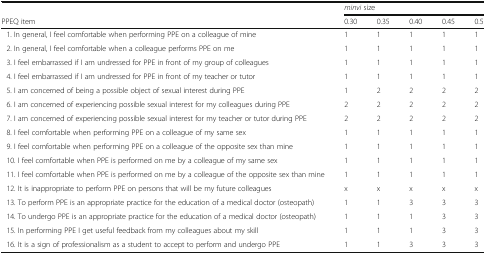
<table><thead><tr><td></td><td colspan="5"><b><i>minvi</i> size</b></td></tr><tr><td><b>PPEQ item</b></td><td><b>0.30</b></td><td><b>0.35</b></td><td><b>0.40</b></td><td><b>0.45</b></td><td><b>0.5</b></td></tr></thead><tbody><tr><td> 1. In general, I feel comfortable when performing PPE on a colleague of mine</td><td>1</td><td>1</td><td>1</td><td>1</td><td>1</td></tr><tr><td> 2. In general, I feel comfortable when a colleague performs PPE on me</td><td>1</td><td>1</td><td>1</td><td>1</td><td>1</td></tr><tr><td> 3. I feel embarrassed if I am undressed for PPE in front of my group of colleagues</td><td>1</td><td>1</td><td>1</td><td>1</td><td>1</td></tr><tr><td> 4. I feel embarrassed if I am undressed for PPE in front of my teacher or tutor</td><td>1</td><td>1</td><td>1</td><td>1</td><td>1</td></tr><tr><td> 5. I am concerned of being a possible object of sexual interest during PPE</td><td>1</td><td>2</td><td>2</td><td>2</td><td>2</td></tr><tr><td> 6. I am concerned of experiencing possible sexual interest for my colleagues during PPE</td><td>2</td><td>2</td><td>2</td><td>2</td><td>2</td></tr><tr><td> 7. I am concerned of experiencing possible sexual interest for my teacher or tutor during PPE</td><td>2</td><td>2</td><td>2</td><td>2</td><td>2</td></tr><tr><td> 8. I feel comfortable when performing PPE on a colleague of my same sex</td><td>1</td><td>1</td><td>1</td><td>1</td><td>1</td></tr><tr><td> 9. I feel comfortable when performing PPE on a colleague of the opposite sex than mine</td><td>1</td><td>1</td><td>1</td><td>1</td><td>1</td></tr><tr><td> 10. I feel comfortable when PPE is performed on me by a colleague of my same sex</td><td>1</td><td>1</td><td>1</td><td>1</td><td>1</td></tr><tr><td> 11. I feel comfortable when PPE is performed on me by a colleague of the opposite sex than mine</td><td>1</td><td>1</td><td>1</td><td>1</td><td>1</td></tr><tr><td> 12. It is inappropriate to perform PPE on persons that will be my future colleagues</td><td>x</td><td>x</td><td>x</td><td>x</td><td>x</td></tr><tr><td> 13. To perform PPE is an appropriate practice for the education of a medical doctor (osteopath)</td><td>1</td><td>1</td><td>3</td><td>3</td><td>3</td></tr><tr><td> 14. To undergo PPE is an appropriate practice for the education of a medical doctor (osteopath)</td><td>1</td><td>1</td><td>1</td><td>3</td><td>3</td></tr><tr><td> 15. In performing PPE I get useful feedback from my colleagues about my skill</td><td>1</td><td>1</td><td>1</td><td>3</td><td>3</td></tr><tr><td> 16. It is a sign of professionalism as a student to accept to perform and undergo PPE</td><td>1</td><td>1</td><td>3</td><td>3</td><td>3</td></tr></tbody></table>